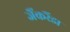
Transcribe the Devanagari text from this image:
जैंकरैंडा